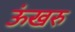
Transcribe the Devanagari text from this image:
ऊंखरु